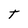
Character: t